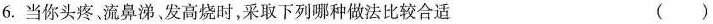
6. 当你头疼，流鼻涕发高烧时，采取下列哪种做法比较合适 ()